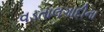
વડતાલગાદીના